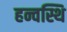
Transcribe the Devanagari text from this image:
हन्वस्थि